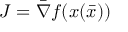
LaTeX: J = { \bar { \nabla } } f ( x ( { \bar { x } } ) )